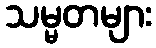
သမ္မတများ